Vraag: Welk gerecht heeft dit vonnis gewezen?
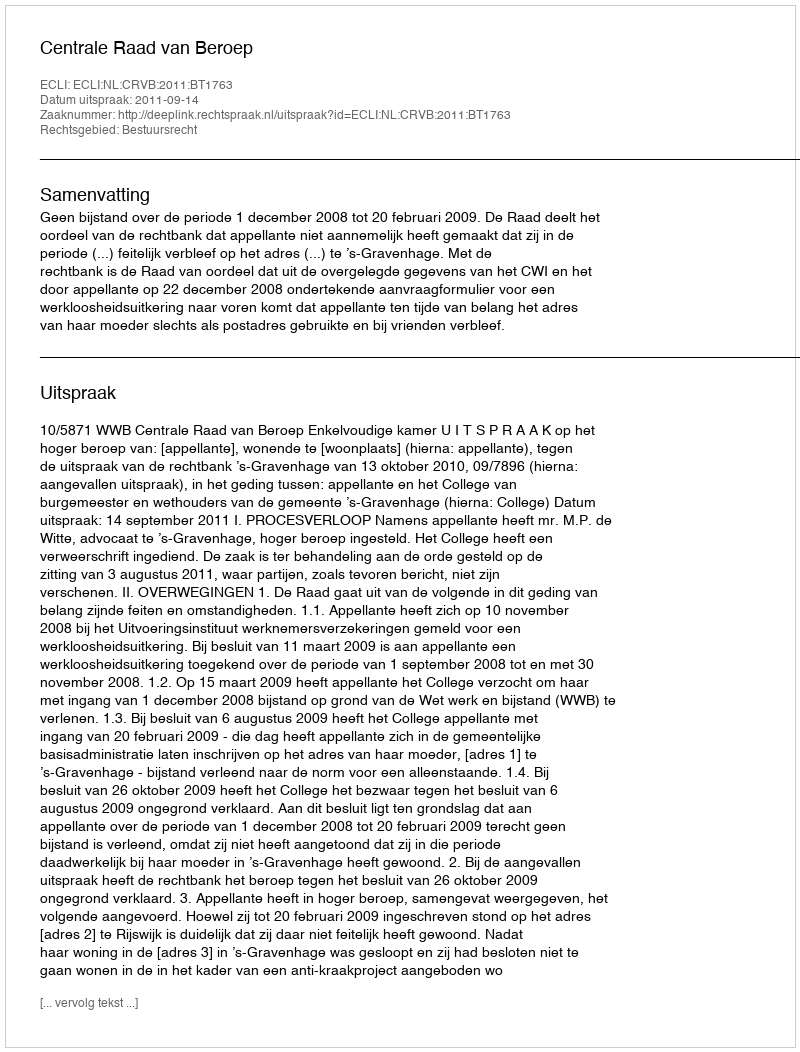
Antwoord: Centrale Raad van Beroep